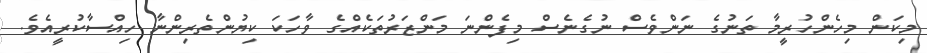
މިކަން މިހެންހުރީމާ ތަނުގެ ނަންވެސް ނުގެނެސް މިފެންނަ މަންޒަރުތަކެއްގެ ވާހަކަ ކިޔުންތެރިންނާ ހިއްސާކުރީއެވެ.